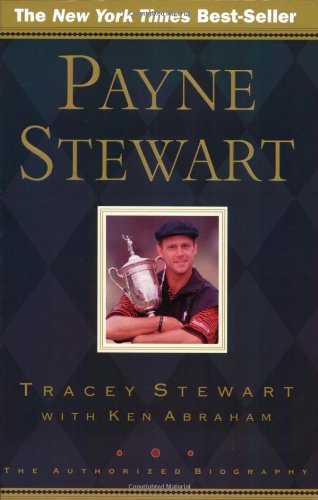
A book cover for Payne Stewart: The Authorized Biography; Ken Abraham; Biographies & Memoirs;